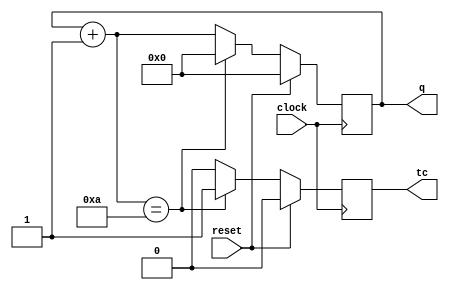
module bcd_counter (
		    input clock,reset,
		    output tc,
		    output [3:0] q
		    );

   reg [3:0] q = 0;
   reg 	     tc = 0;
   
 
  always @(posedge clock) begin
    if(reset) begin
       q <= 4'd0;
       tc <= 1'b0;
    end
    else begin
      q = q+1;
      if(q == 4'd10) begin
	 q <= 4'd0;
	 tc <= 1'b1;
      end
      else tc <= 1'b0;
    end
  end

endmodule